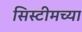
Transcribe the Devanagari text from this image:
सिस्टीमच्या